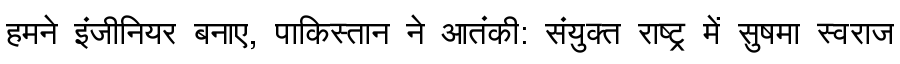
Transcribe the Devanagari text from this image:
हमने इंजीनियर बनाए, पाकिस्तान ने आतंकी: संयुक्त राष्ट्र में सुषमा स्वराज